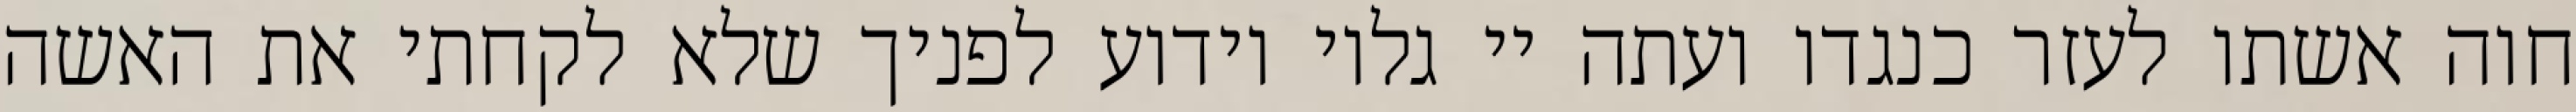
חוה אשתו לעזר כנגדו ועתה יי גלוי וידוע לפניך שלא לקחתי את האשה